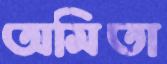
অমিতা